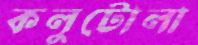
কলুটোলা